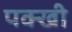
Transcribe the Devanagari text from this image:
पक्खी